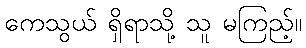
ကေသွယ် ရှိရာသို့ သူ မကြည့်။